Scottish Certificate of Education, 1963
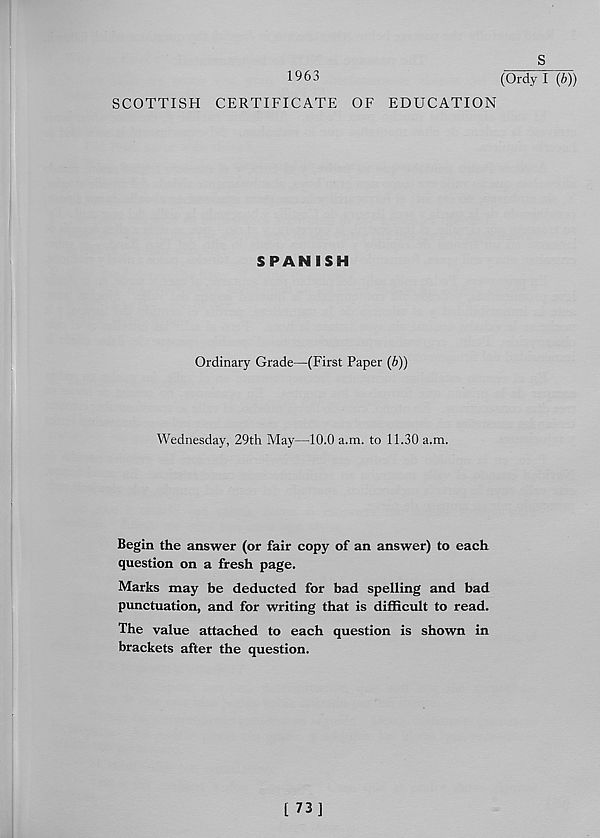
s
1963
(Ordy I (b))
SCOTTISH CERTIFICATE OF EDUCATION
SPANISH
Ordinary Grade—(First Paper (6))
Wednesday, 29th May—10.0 a.m. to 11.30 a.m.
Begin the answer (or fair copy of an answer) to each
question on a fresh page.
Marks may be deducted for bad spelling and bad
punctuation, and for writing that is difficult to read.
The value attached to each question is shown in
brackets after the question.
[ 73]